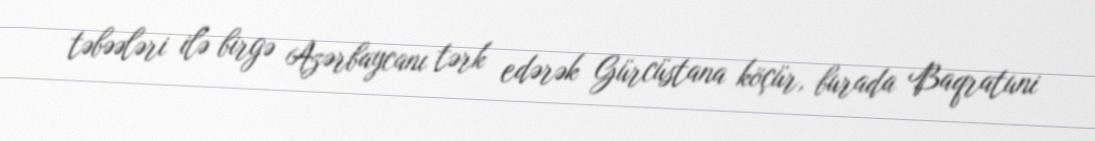
təbəələri ilə birgə Azərbaycanı tərk edərək Gürcüstana köçür, burada Baqratuni